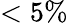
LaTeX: <5\%